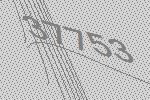
37753